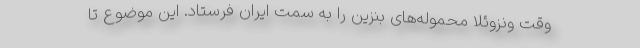
وقت ونزوئلا محموله‌های بنزین را به سمت ایران فرستاد. این موضوع تا